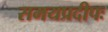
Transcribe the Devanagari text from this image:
समयप्रदीपः